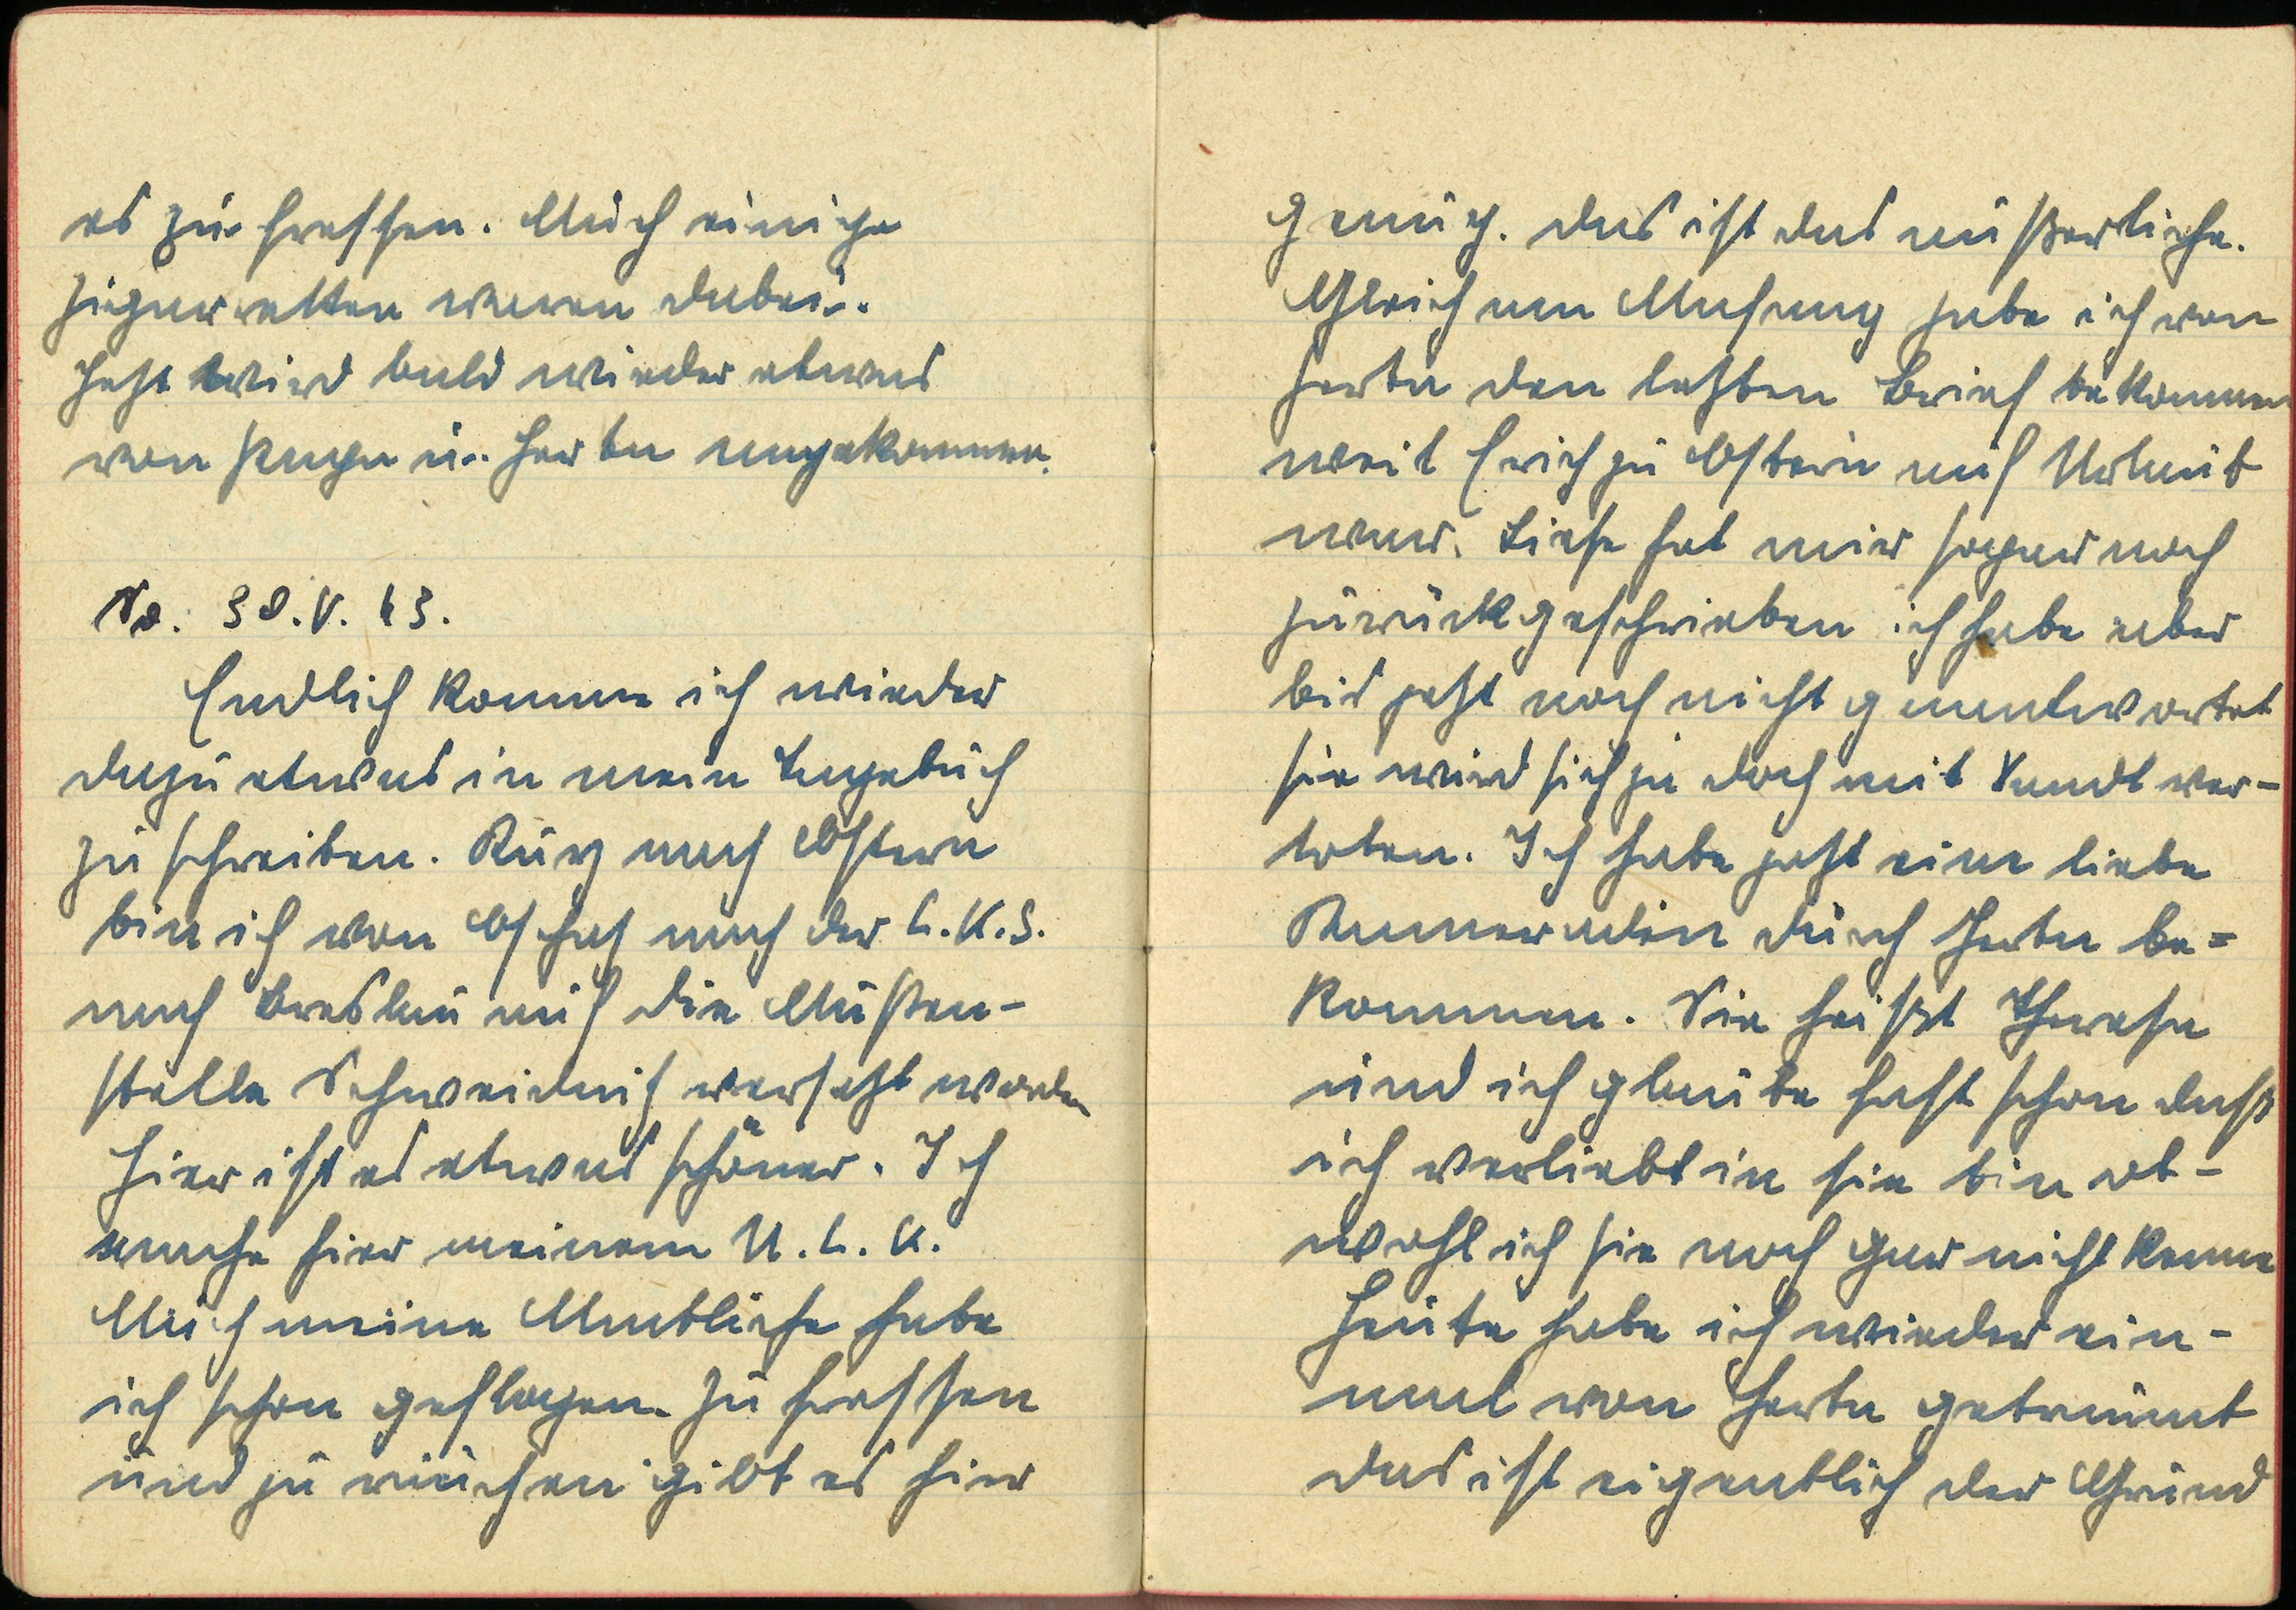
genug. Das ist das äußerliche.
Gleich am Anfang habe ich von
Herta den letzten Brief bekommen
weil Erich zu Ostern auf Urlaub
war. Liese hat mir sogar noch
zurückgeschrieben ich habe aber
bis jetzt noch nicht geantwortet
sie wird sich ja doch mit Xandl ver¬
loben. Ich habe jetzt eine liebe
Kameradin durch Herta be¬
kommen. Sie heißt Theresa
und ich glaube fast schon daß
ich verliebt in sie bin ob¬
wohl ich sie noch gar nicht kenne
Heute habe ich wieder ein¬
mal von Herta geträumt
das ist eigentlich der Grund

es zu fressen. Auch einige
Zigaretten waren dabei.
Jetzt wird bald wieder etwas
von Papa u. Herta angekommen.
So. 30.V.43
Endlich komme ich wieder
dazu etwas in mein Tagebuch
zu schreiben. Kurz nach Ostern
bin ich von Oschach nach der L.K.S.
nach Breslau auf die Außen¬
Stelle Schweidnitz versetzt worden.
Hier ist es etwas schöner. Ich
mache hier meinen N.L.K.
Auch meine Amtliche habe
ich schon geflogen. Zu fressen
und zu rauchen gibt es hier